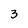
Character: 3